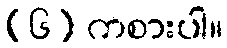
(၆) ကစားပါ။